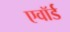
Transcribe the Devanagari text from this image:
एवॉर्ड